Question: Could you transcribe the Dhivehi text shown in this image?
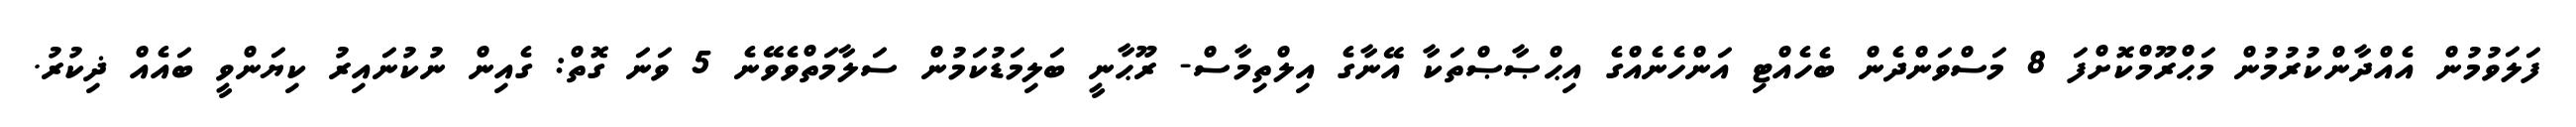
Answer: ފަލަވުމުން އެއްދާންކުރުމުން މަޙްރޫމްކޮށްފަ 8 މަސްވަންދެން ބެހެއްޓި އަންހެނެއްގެ އިޙްޞާޞްތަކާ އޭނާގެ އިލްތިމާސް- ރޫޙާނީ ބަލިމަޑުކަމުން ސަލާމަތްވެވޭނެ 5 ވަނަ ގޮތް: ގެއިން ނުކުނައިރު ކިޔަންވީ ބައެއް ޛިކުރު.